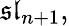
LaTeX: {\mathfrak{sl}}_{n+1},